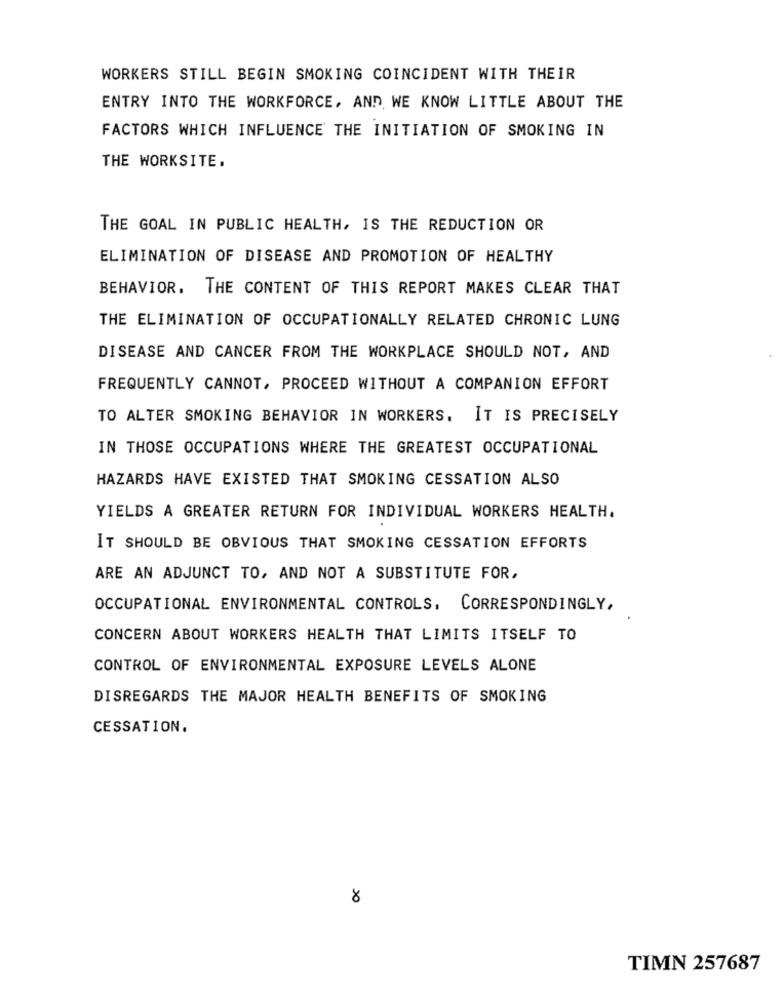
WORKERS STILL BEGIN SMOKING COINCIDENT WITH THEIR
ENTRY INTO THE WORKFORCE, AND WE KNOW LITTLE ABOUT THE
FACTORS WHICH INFLUENCE THE INITIATION OF SMOKING IN
THE WORKSITE.
THE GOAL IN PUBLIC HEALTH, IS THE REDUCTION OR
ELIMINATION OF DISEASE AND PROMOTION OF HEALTHY
BEHAVIOR. THE CONTENT OF THIS REPORT MAKES CLEAR THAT
THE ELIMINATION OF OCCUPATIONALLY RELATED CHRONIC LUNG
DISEASE AND CANCER FROM THE WORKPLACE SHOULD NOT, AND
FREQUENTLY CANNOT, PROCEED WITHOUT A COMPANION EFFORT
TO ALTER SMOKING BEHAVIOR IN WORKERS. IT IS PRECISELY
IN THOSE OCCUPATIONS WHERE THE GREATEST OCCUPATIONAL
HAZARDS HAVE EXISTED THAT SMOKING CESSATION ALSO
YIELDS A GREATER RETURN FOR INDIVIDUAL WORKERS HEALTH.
IT SHOULD BE OBVIOUS THAT SMOKING CESSATION EFFORTS
ARE AN ADJUNCT TO, AND NOT A SUBSTITUTE FOR,
OCCUPATIONAL ENVIRONMENTAL CONTROLS, CORRESPONDINGLY,
CONCERN ABOUT WORKERS HEALTH THAT LIMITS ITSELF TO
CONTROL OF ENVIRONMENTAL EXPOSURE LEVELS ALONE
DISREGARDS THE MAJOR HEALTH BENEFITS OF SMOKING
CESSATION.
8
TIMN 257687